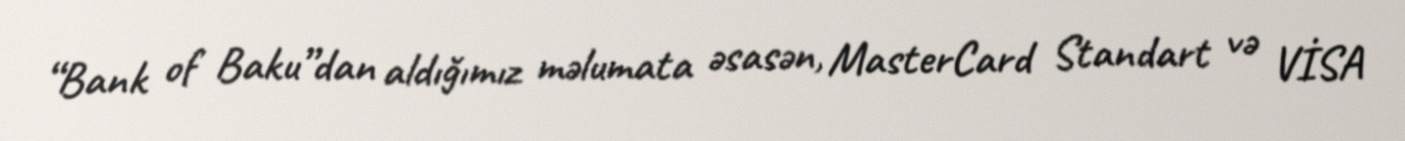
“Bank of Baku”dan aldığımız məlumata əsasən, MasterCard Standart və VİSA